Civil Veterinary Department. United Provinces 1923-31 - 1923-1931
Year: 1923
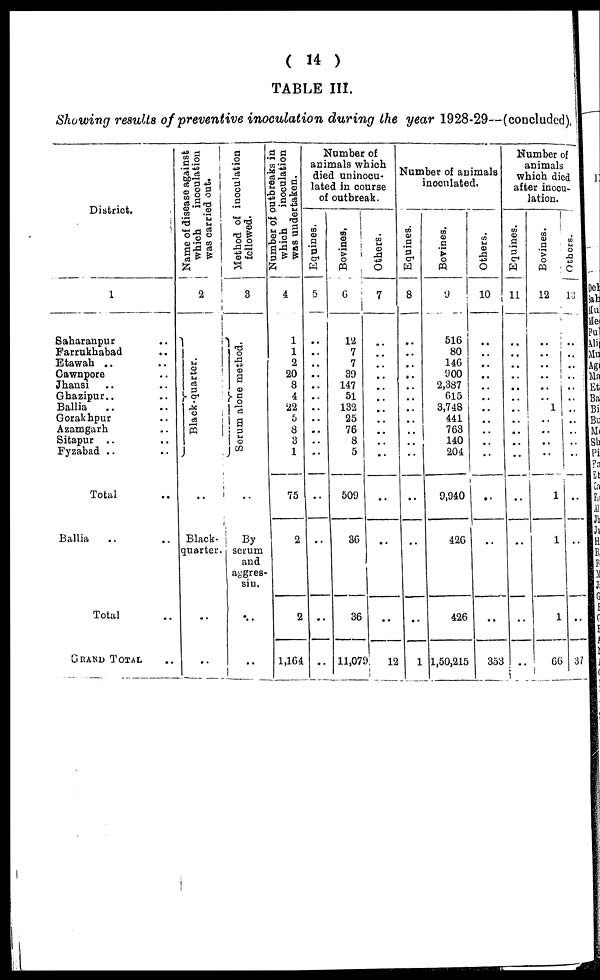
( 14 )
TABLE III.
Showing results of preventive inoculation during the year 1928-29—(concluded).
District.
1
Saharanpur ..
Farrukhabad ..
Etawah .. ..
Cawnpore ..
Jhansi .. ..
Ghazipur .. ..
Ballia .. ..
Gorakhpur ..
Azamgarh ..
Sitapur .. ..
Fyzabad .. ..
Total ..
Ballia .. ..
Total ..
GRAND TOTAL ..
Name of disease against
which
inoculation
was carried out.
2
Black-quarter.
..
Black-
quarter.
..
Method of inoculation
followed.
3
Sreum alone method.
..
By
scrum
and
aggres-
sin.
..
Number of outbreaks in
which
inoculation
was undertaken.
4
1
1
2
20
8
4
22
5
8
3
1
75
2
2
1,164
Number of
animals which
died uninocu-
lated in course
of outbreak.
Equines.
5
..
..
..
..
..
..
..
..
..
..
..
..
..
..
Bovines.
6
12
7
7
39
147
51
132
25
76
8
5
509
36
36
11,07
Others.
7
..
..
..
..
..
..
..
..
..
..
..
..
..
..
9
12
Number of animals
inoculated.
Equines.
8
..
..
..
..
..
..
..
..
..
..
..
..
..
..
1
Bovines.
9
516
80
146
900
2,387
615
3,748
441
763
140
204
9,940
426
426
1,50,215
Others.
10
..
..
..
..
..
..
..
..
..
..
..
..
..
..
353
Number of
animals
which died
after inocu-
lation.
Equines.
11
..
..
..
..
..
..
..
..
..
..
..
..
..
..
..
Bovines.
12
..
..
..
..
..
..
1
..
..
..
..
1
1
1
66
Others.
13
..
..
..
..
..
..
..
..
..
..
..
..
..
..
37